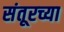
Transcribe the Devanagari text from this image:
संतूरच्या